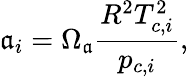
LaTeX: \mathfrak{a}_{i}=\Omega_{\mathfrak{a}}\frac{{R^{2}T_{c,i}^{2}}}{{p_{c,i}}},